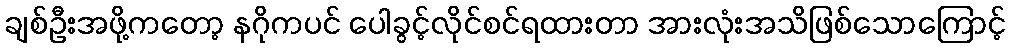
ချစ်ဦးအဖို့ကတော့ နဂိုကပင် ပေါခွင့်လိုင်စင်ရထားတာ အားလုံးအသိဖြစ်သောကြောင့်